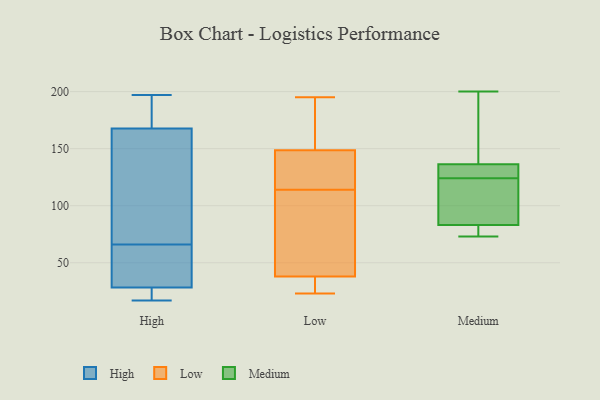
{"axis": {"x": "Shipments", "y": "Value"}, "legend": ["High", "Low", "Medium"], "data": [{"x": "", "y": 168, "type": "High"}, {"x": "", "y": 38, "type": "High"}, {"x": "", "y": 189, "type": "High"}, {"x": "", "y": 23, "type": "High"}, {"x": "", "y": 25, "type": "High"}, {"x": "", "y": 115, "type": "High"}, {"x": "", "y": 197, "type": "High"}, {"x": "", "y": 46, "type": "High"}, {"x": "", "y": 167, "type": "High"}, {"x": "", "y": 18, "type": "High"}, {"x": "", "y": 39, "type": "High"}, {"x": "", "y": 180, "type": "High"}, {"x": "", "y": 82, "type": "High"}, {"x": "", "y": 17, "type": "High"}, {"x": "", "y": 66, "type": "High"}, {"x": "", "y": 26, "type": "Low"}, {"x": "", "y": 147, "type": "Low"}, {"x": "", "y": 127, "type": "Low"}, {"x": "", "y": 162, "type": "Low"}, {"x": "", "y": 195, "type": "Low"}, {"x": "", "y": 23, "type": "Low"}, {"x": "", "y": 114, "type": "Low"}, {"x": "", "y": 36, "type": "Low"}, {"x": "", "y": 44, "type": "Low"}, {"x": "", "y": 149, "type": "Low"}, {"x": "", "y": 92, "type": "Low"}, {"x": "", "y": 128, "type": "Medium"}, {"x": "", "y": 93, "type": "Medium"}, {"x": "", "y": 200, "type": "Medium"}, {"x": "", "y": 81, "type": "Medium"}, {"x": "", "y": 127, "type": "Medium"}, {"x": "", "y": 73, "type": "Medium"}, {"x": "", "y": 139, "type": "Medium"}, {"x": "", "y": 74, "type": "Medium"}, {"x": "", "y": 159, "type": "Medium"}, {"x": "", "y": 124, "type": "Medium"}, {"x": "", "y": 89, "type": "Medium"}]}